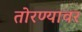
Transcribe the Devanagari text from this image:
तोरण्यावर